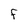
Character: f